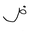
Letter: _dad